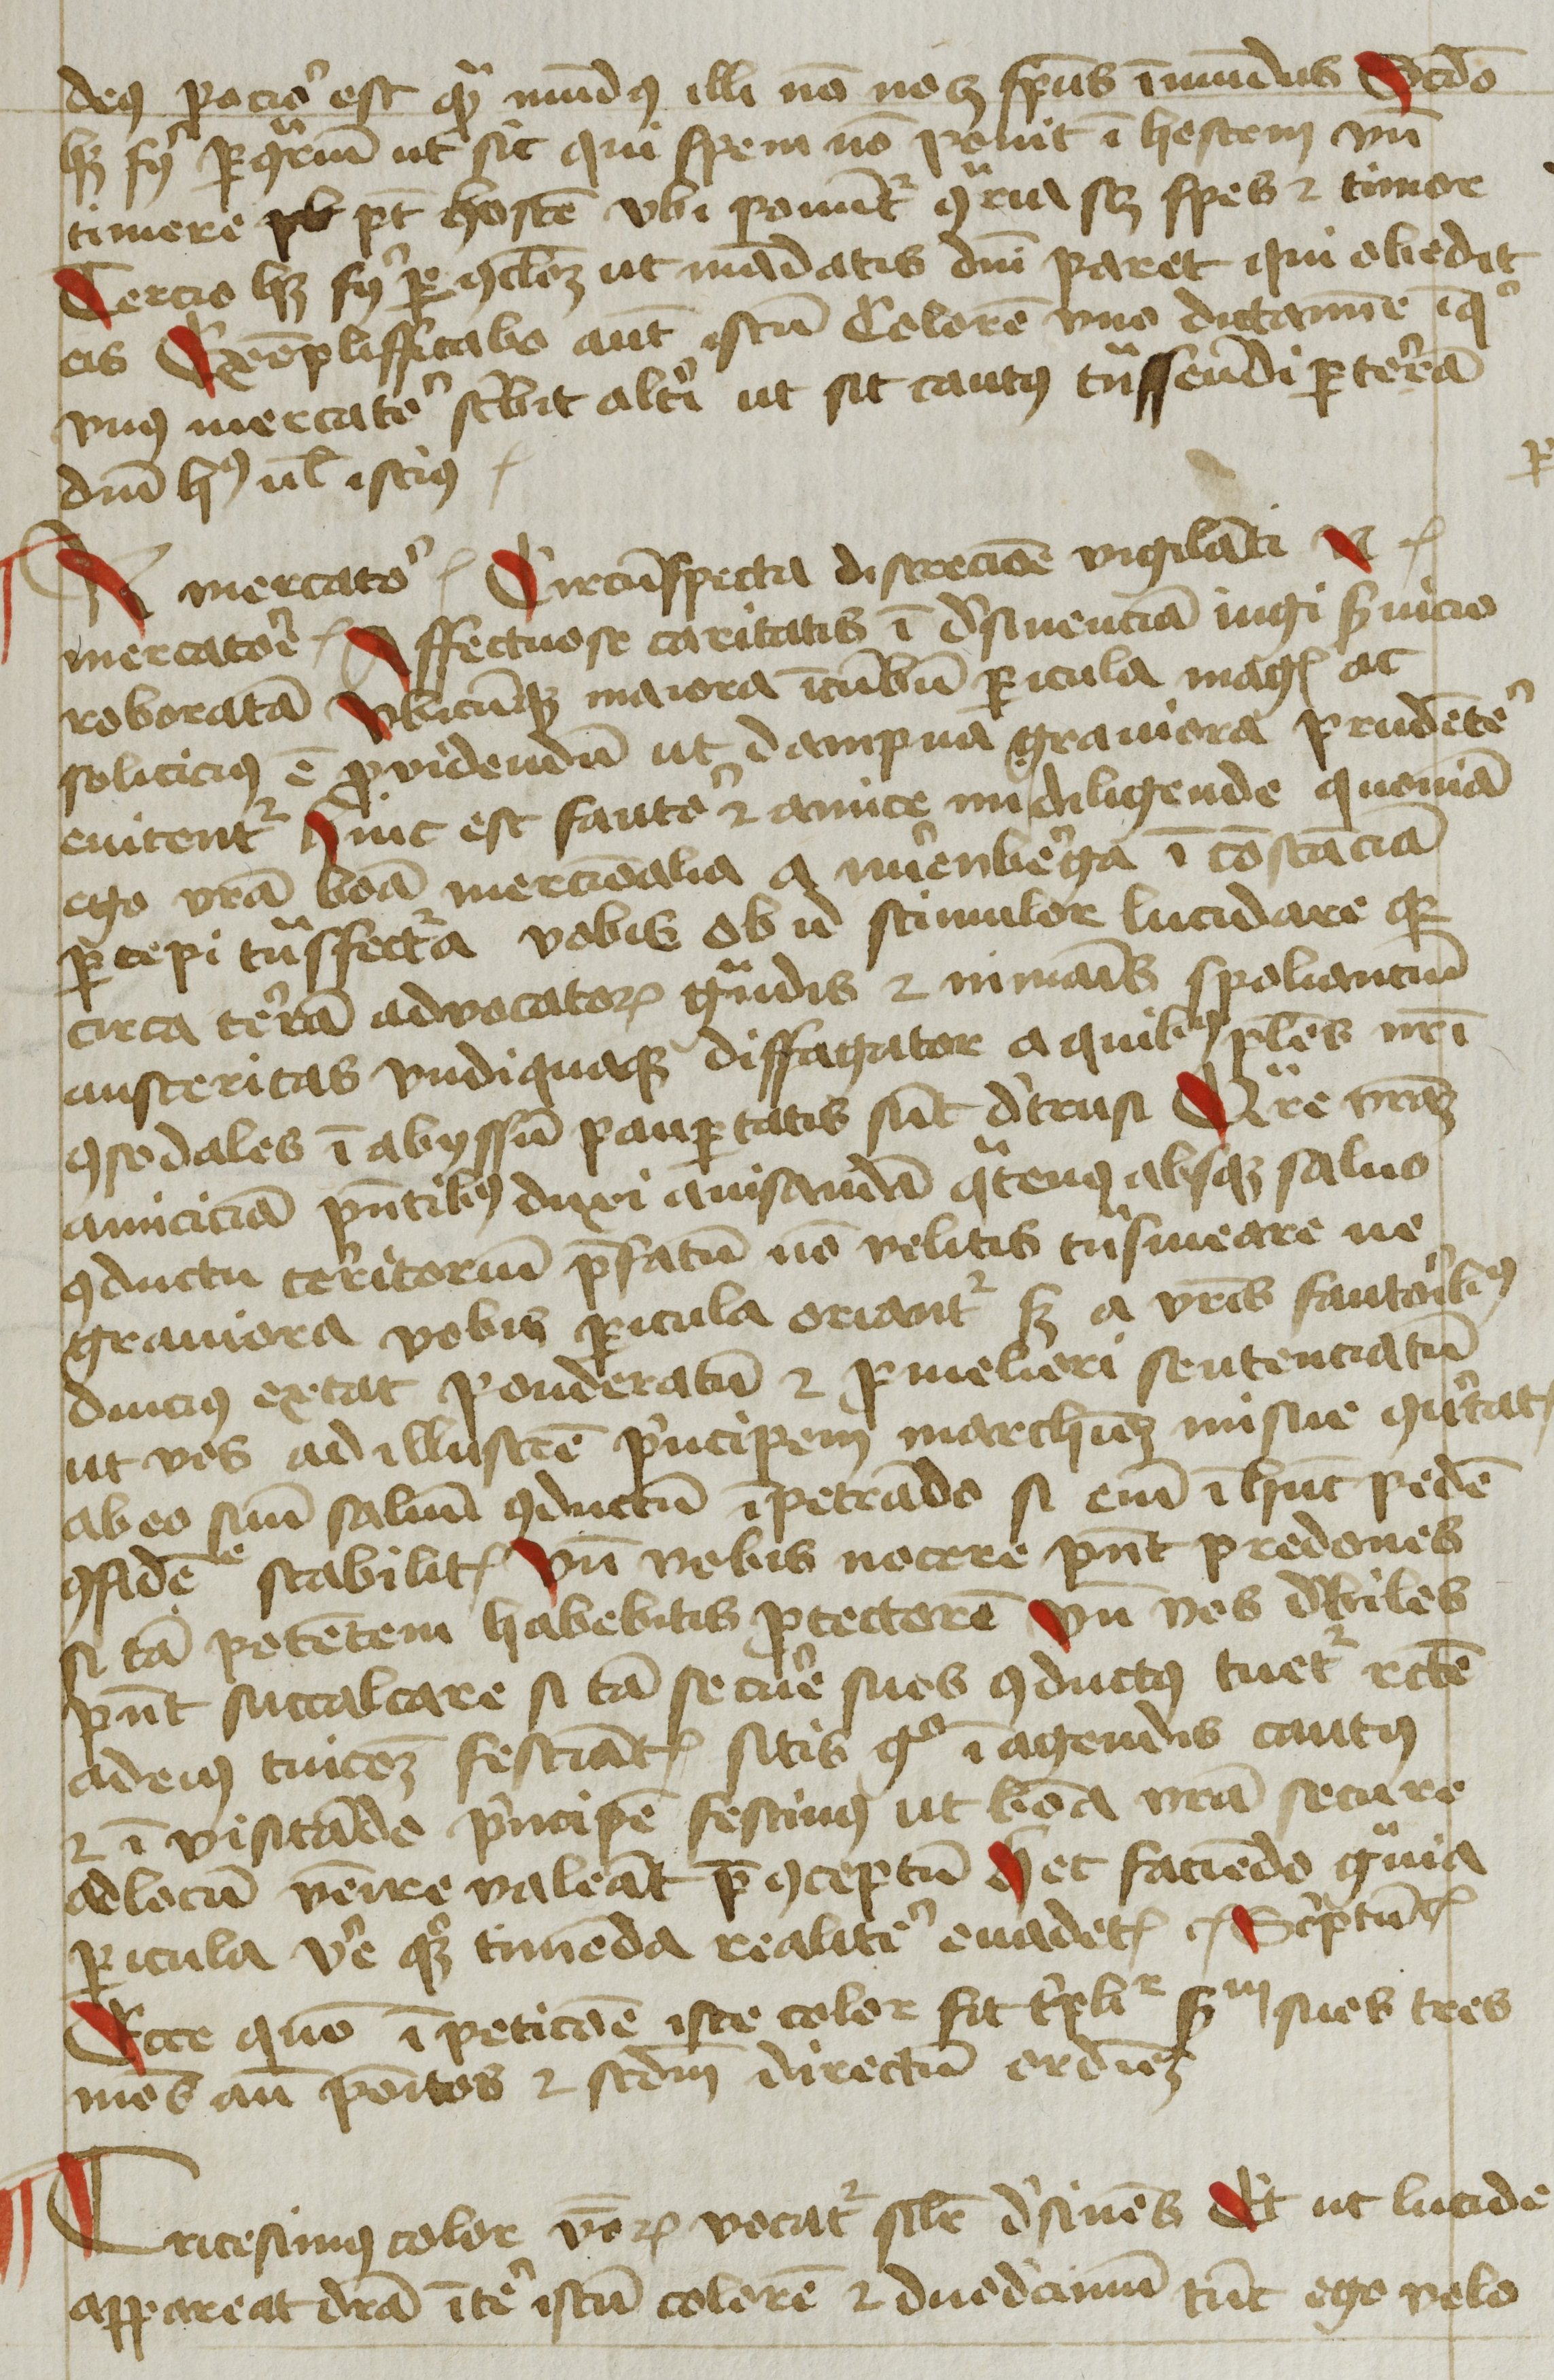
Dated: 1425–1449